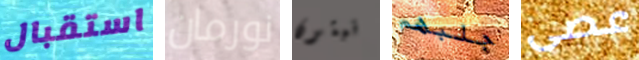
استقبال نورمان نبتون جلبهم عصى